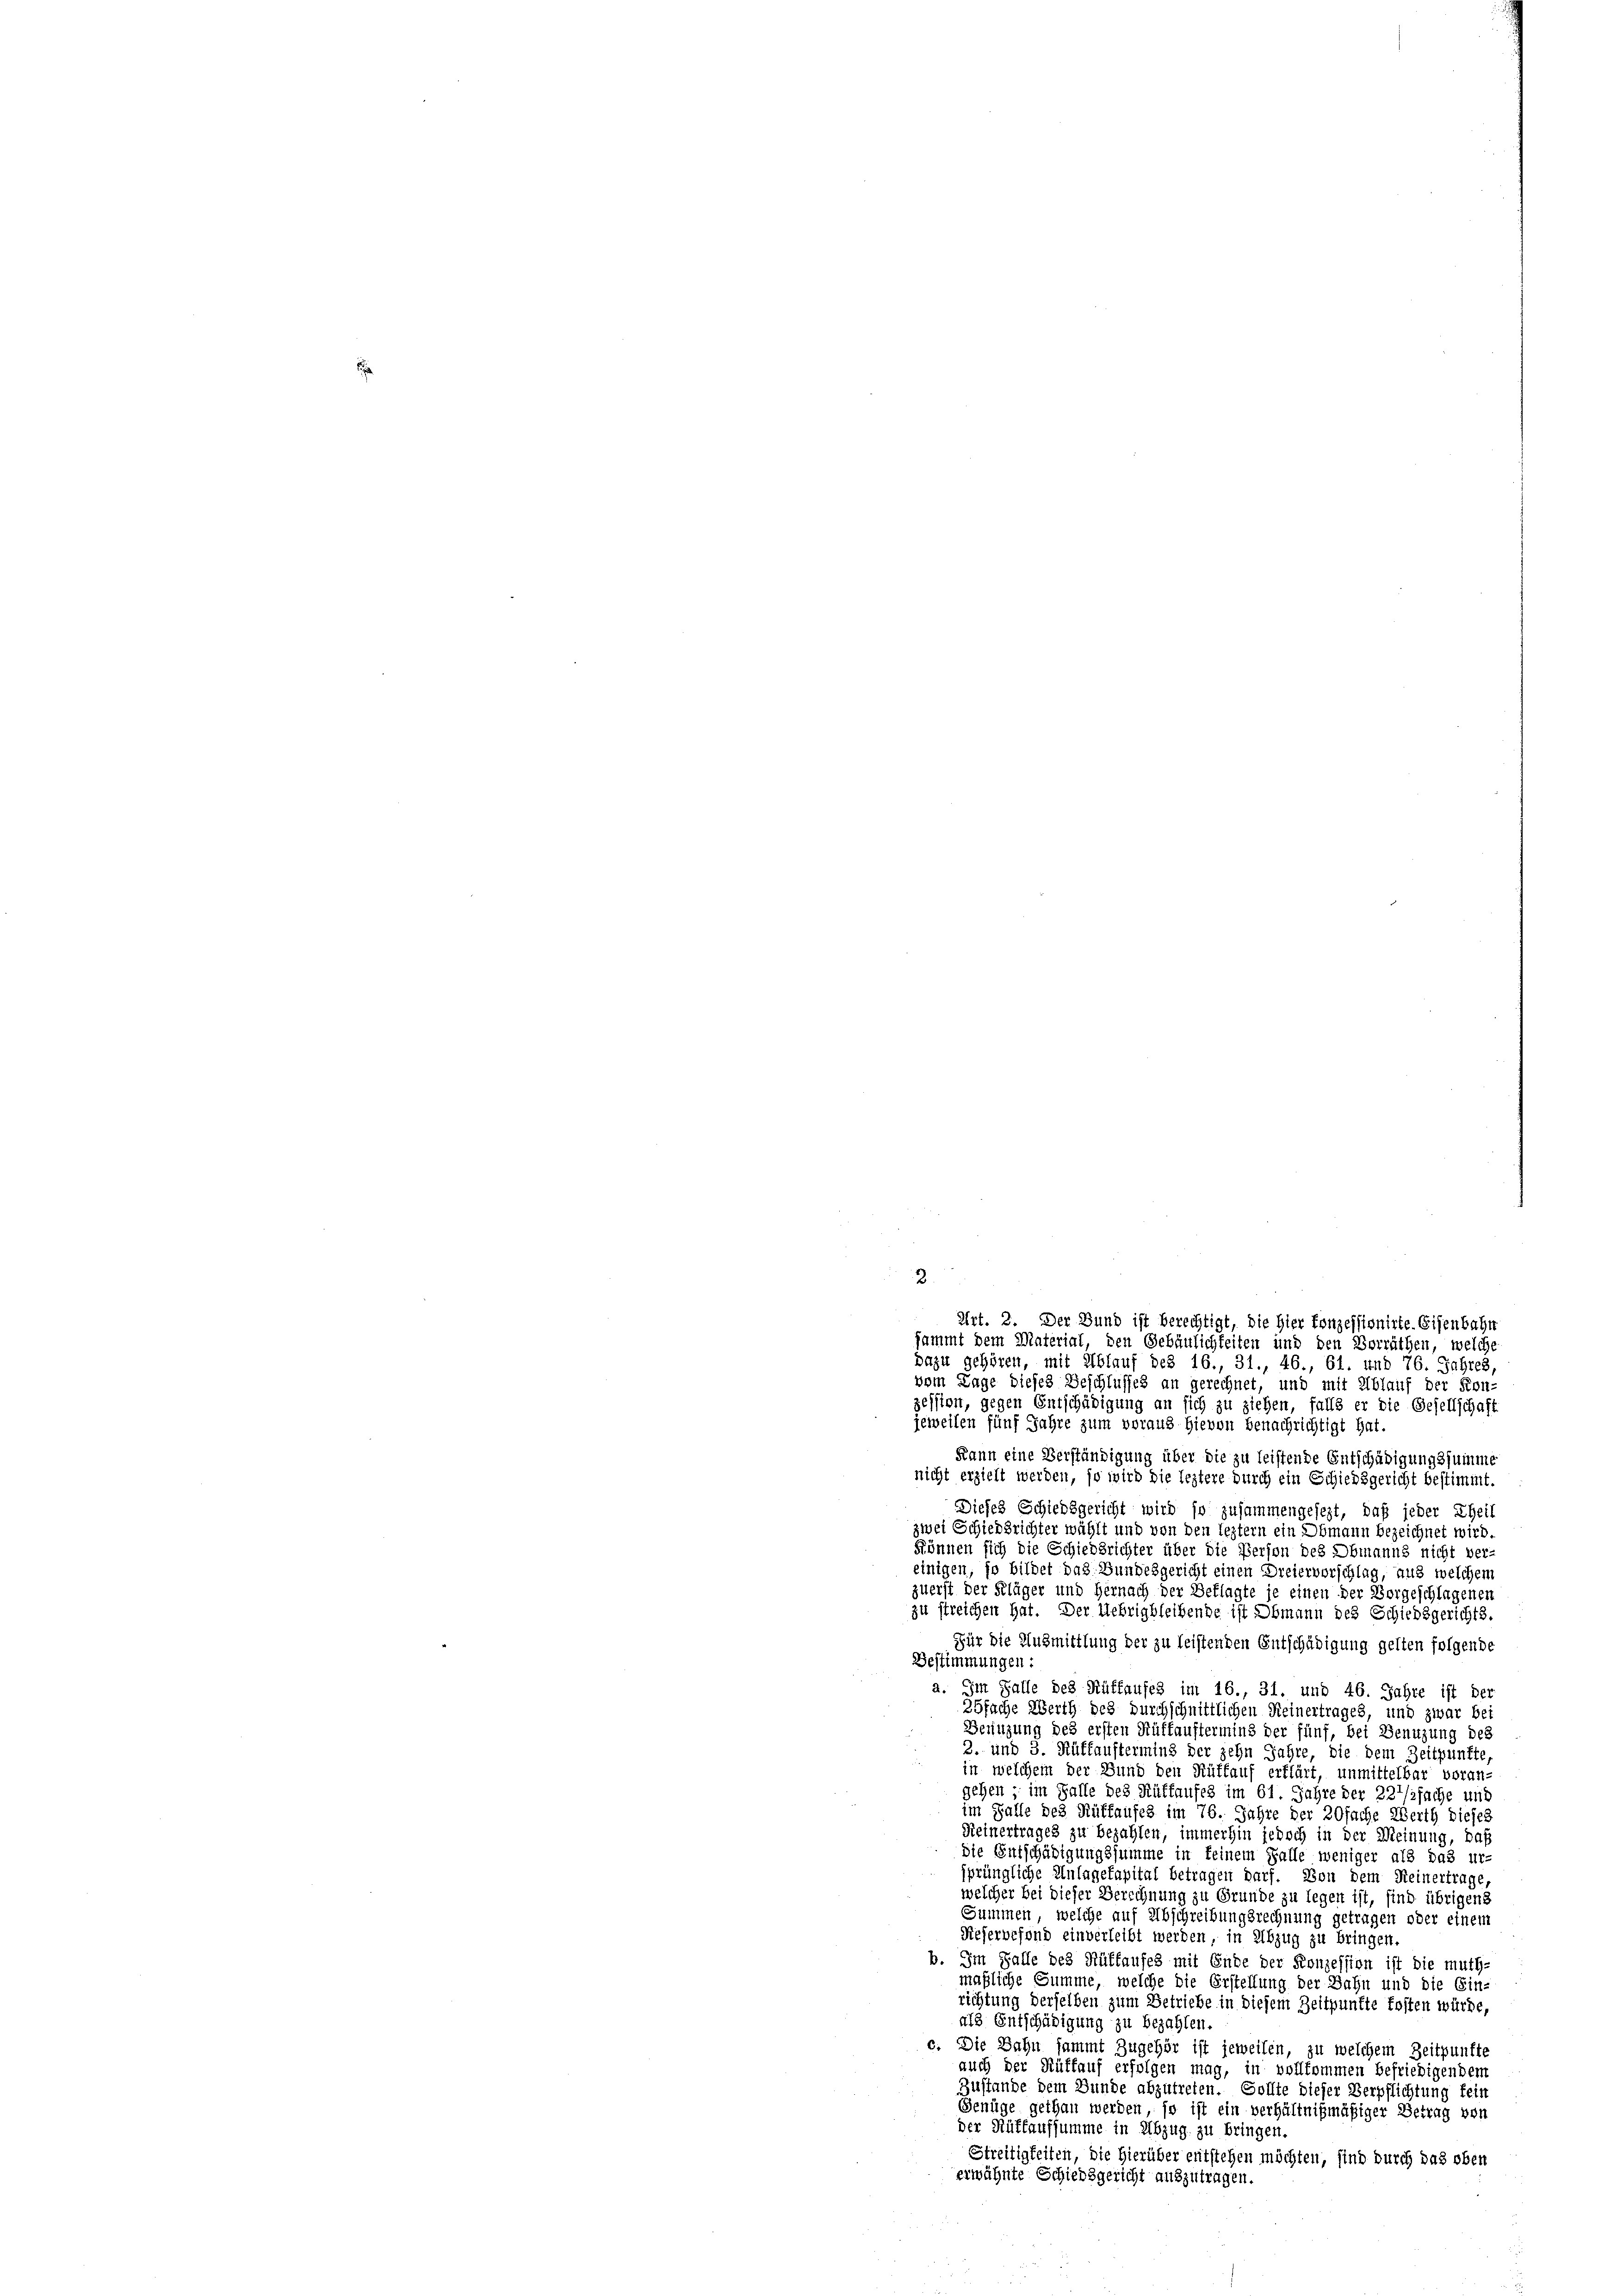
2.
Art. 2. Der Bund ist berechtigt, die hier Konzessionirte Eisenbahr
sammt dem Material, den Gebäulichkeiten und den Vorräthen, welche
dazu gehören, mit Ablauf des 16., 31., 46., 61. und 76. Jahres,
vom Lage dieses Geschlusses an gerechnet, und mit Ablauf der Kon-
zession, gegen Entschädigung an sich zu ziehen, falls er die Gesellschaft
jeweilen fünf Jahre zum voraus Hievon Benachrichtigt hat.
Kann eine Verständigung über die zu leistende Entschädigungssumme
nicht erzielt werden, so wird die leztere durch ein Schiedsgericht bestimmt.
Dieses Schiedsgericht wird so zusammengesezt, daß jeder Theil
zwei Schiedsrichter wählt und von den leztern ein Obmann bezeichnet wird.
können sich die Schiedsrichter über die Person des Obmanns nicht vereinigen, so bildet das Bundesgericht einen Dreiervorschlag, aus welchem
zuerst der Kläger und Hernach der Beklagte je einen der Vorgeschlagenen
zu streichen hat. Der Uebrigbleibende ist Obmann des Schiedsgerichts.
Für die Ausmittlung der zu leistenden Entschädigung gelten folgende
Bestimmungen:
Im Falle des Rüffaufes im 16., 31. und 46. Jahre ist der
25fache Werth des durchschnittlichen Reinertrages, und zwar bei
Benüzung des ersten Rüffauftermins der fünf, bei Benuzung des
2. und 3. Rüffauftermins der zehn Jahre, die dem Zeitpunkte
in welchem der Bund den Rüffauf erklärt, unmittelbar voran-
gehen ; im Falle des Rüffaufes im 61. Jahre der 227/2fache und
im Falle des Rüffaufes im 76. Jahre der 20fache Werth dieses
Keinertrages zu bezahlen, immerhin jedoch in der Meinung, daß
die Entschädigungssumme in keinem Falle weniger als das ur-
sprüngliche Unlagekapital betragen darf. Von dem Reinertrage,
welcher bei dieser Berechnung zu Grunde zu legen ist, sind übrigens
Summen, welche auf Abschreibungsrechnung getragen oder einem
Keservefond einverleibt werden, in Abzug zu bringen.
b. Im Falle des Rüffaufes mit Ende der Konzession ist die muth-
maßliche Summe, welche die Erstellung der Bahn und die Ein-
richtung derselben zum Betriebe in diesem Zeitpunkte kosten würde,
als Entschädigung zu bezahlen
c. Die Bahn sammt Zugehör ist jeweilen, zu welchem Zeitpunkte
auch der Rüffauf erfolgen mag, in vollkommen befriedigendem
Zustande dem Bunde abzutreten. Sollte dieser Verpflichtung fein
Genüge gethan werden, so ist ein verhältnißmäßiger Betrag von
der Rüffaufsumme in Abzug zu bringen.
Streitigkeiten, die Hierüber entstehen möchten, sind durch das oben
erwähnte Schiedsgericht auszutragen.